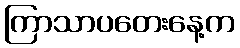
ကြာသာပတေးနေ့က